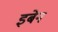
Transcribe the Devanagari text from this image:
इबेन